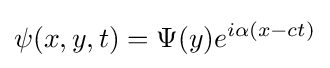
\psi (x,y,t)=\Psi (y)e^{i\alpha \left(x-ct\right)}